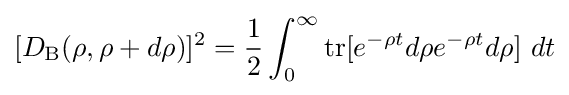
[D_{\text{B}}(\rho ,\rho +d\rho )]^{2}={\frac {1}{2}}\int _{0}^{\infty }{\text{tr}}[e^{-\rho t}d\rho e^{-\rho t}d\rho ]\ dt